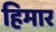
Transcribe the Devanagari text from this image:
हिमार